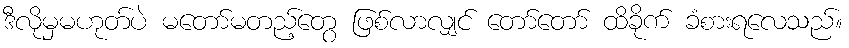
ဒီလိုမှမဟုတ်ပဲ မတော်မတည့်တွေ ဖြစ်လာလျှင် တော်တော် ထိခိုက် ခံစားရလေသည်။